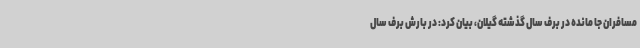
مسافران جا مانده در برف سال گذشته گیلان، بیان کرد: در بارش برف سال